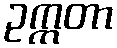
ဥက္ကတာ